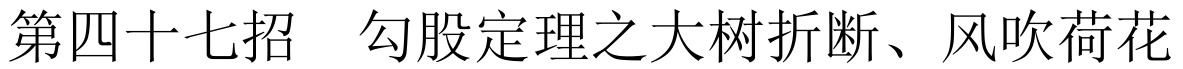
第四十七招 \quad 勾股定理之大树折断、风吹荷花